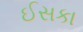
ઈસકા